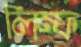
লিম্ফ